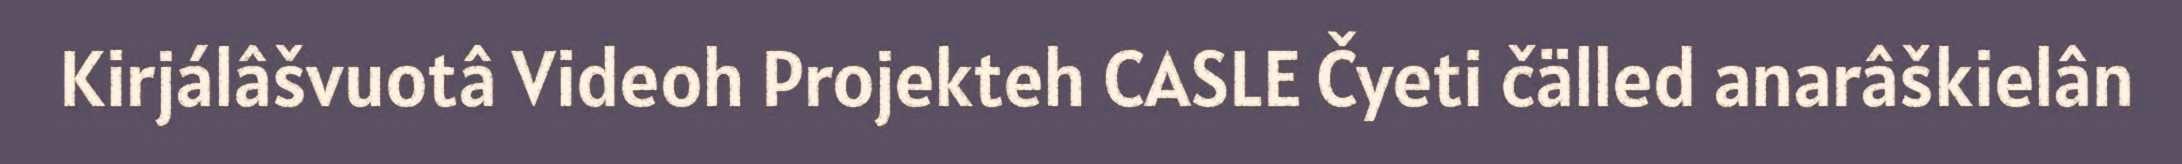
Kirjálâšvuotâ Videoh Projekteh CASLE Čyeti čälled anarâškielân